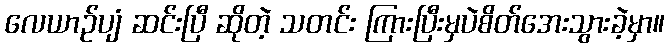
လေယာဉ်ပျံ ဆင်းပြီ ဆိုတဲ့ သတင်း ကြားပြီးမှပဲစိတ်အေးသွားခဲ့မှာ။